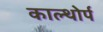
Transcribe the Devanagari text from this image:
काल्थोर्प